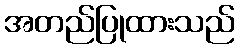
အတည်ပြုထားသည်